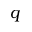
q